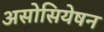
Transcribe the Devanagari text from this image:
असोसियेषन